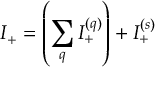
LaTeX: I _ { + } = \left( \sum _ { q } I _ { + } ^ { ( q ) } \right) + I _ { + } ^ { ( s ) }